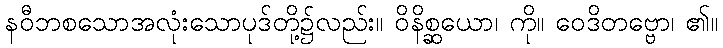
နဝီဘစသောအလုံးသောပုဒ်တို့၌လည်း။ ဝိနိစ္ဆယော၊ ကို။ ဝေဒိတဗ္ဗော၊ ၏။